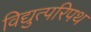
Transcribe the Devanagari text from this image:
विद्युत्परिपथ